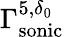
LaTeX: \Gamma_{\mathrm{sonic}}^{5,\delta_{0}}